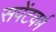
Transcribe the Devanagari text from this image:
सपेंटवर्म